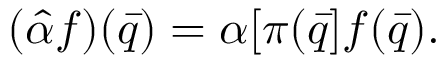
( \hat { \alpha } f ) ( \bar { q } ) = \alpha [ \pi ( \bar { q } ] f ( \bar { q } ) .